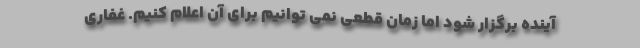
آینده برگزار شود اما زمان قطعی نمی توانیم برای آن اعلام کنیم. غفاری